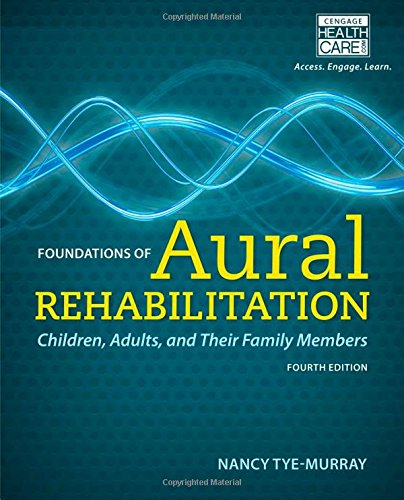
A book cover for Foundations of Aural Rehabilitation: Children, Adults, and Their Family Members; Nancy Tye-Murray; Medical Books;